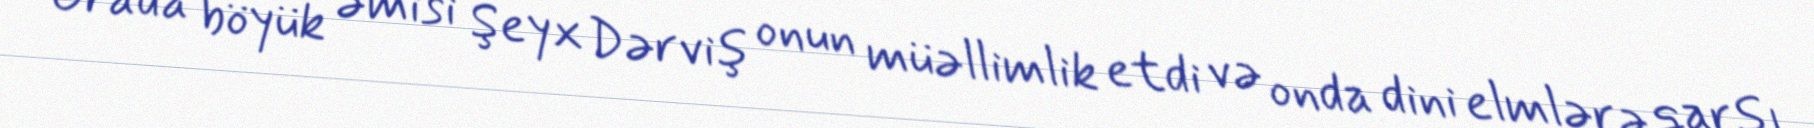
Orada böyük əmisi Şeyx Dərviş onun müəllimlik etdi və onda dini elmlərə qarşı